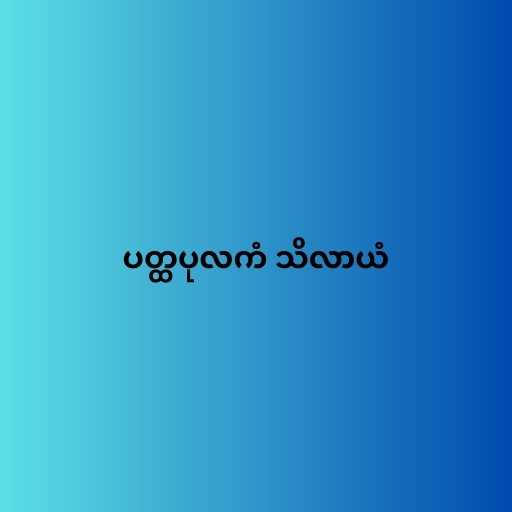
ပတ္ထပုလကံ သိလာယံ